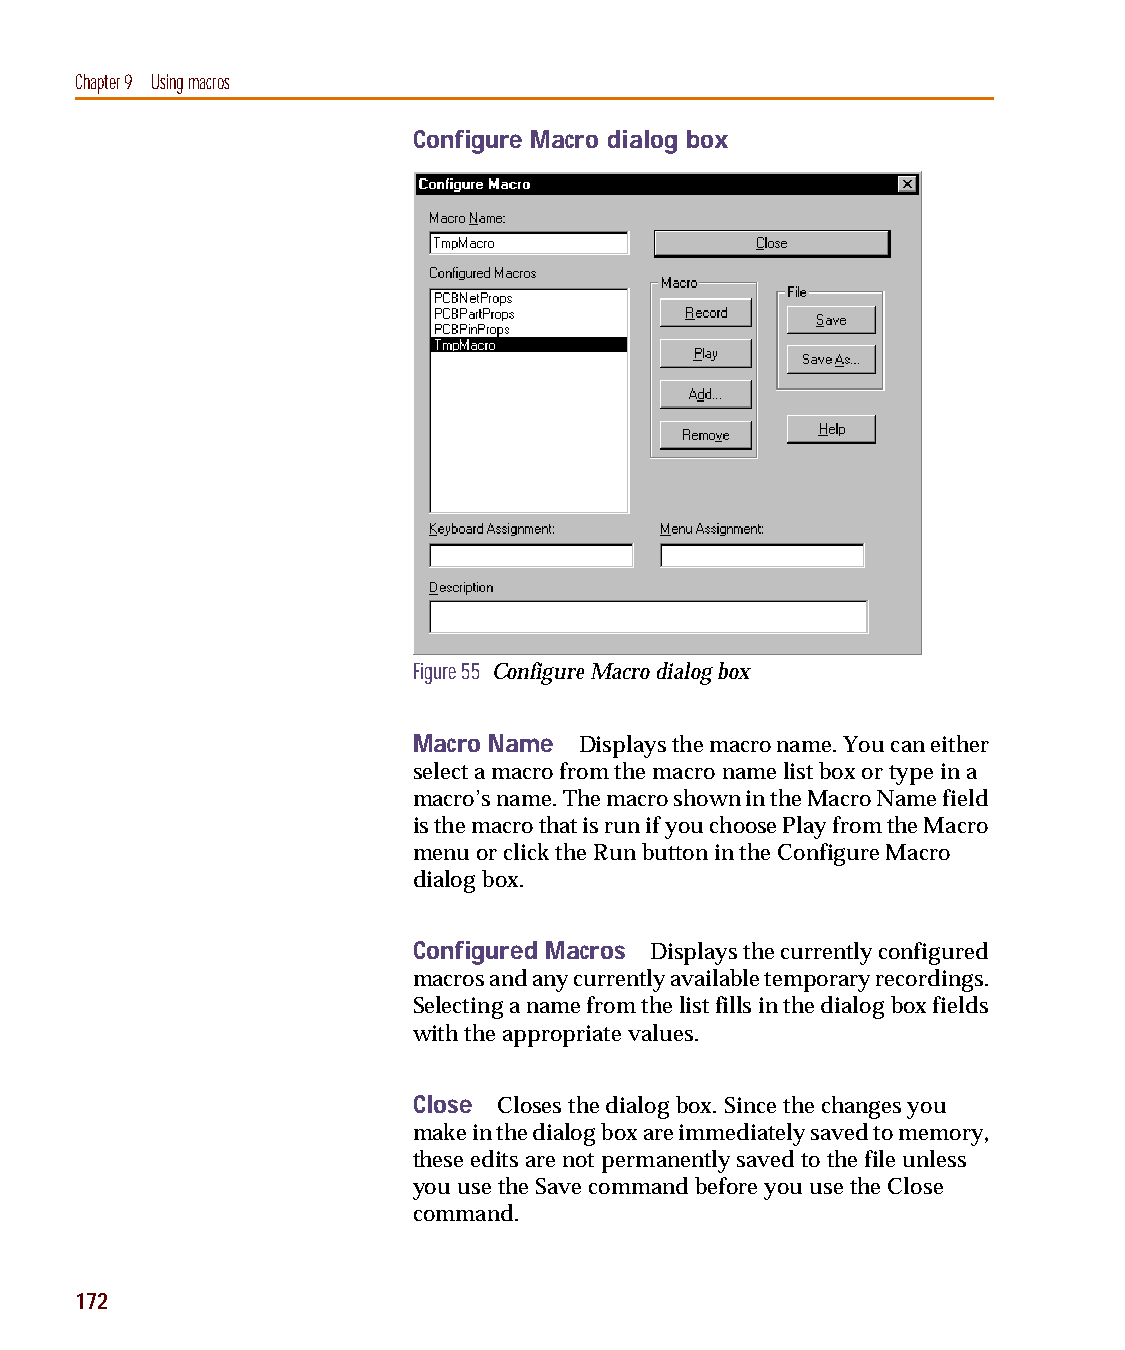
capug.book Page 172 Thursday, November 12, 1998 3:38 PM
 Chapter 9 Using macros
 Configure Macro dialog box
 Figure 55 Configure Macro dialog box
 Macro Name Displays the macro name. You can either
 select a macro from the macro name list box or type in a
 macro’s name. The macro shown in the Macro Name field
 is the macro that is run if you choose Play from the Macro
 menu or click the Run button in the Configure Macro
 dialog box.
 Configured Macros Displays the currently configured
 macros and any currently available temporary recordings.
 Selecting a name from the list fills in the dialog box fields
 with the appropriate values.
 Close Closes the dialog box. Since the changes you
 make in the dialog box are immediately saved to memory,
 these edits are not permanently saved to the file unless
 you use the Save command before you use the Close
 command.
 172